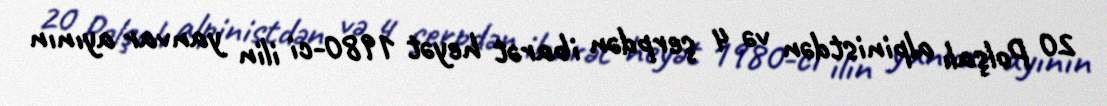
20 Polşalı alpinistdən və 4 şerpdən ibarət heyət 1980-ci ilin yanvar ayının